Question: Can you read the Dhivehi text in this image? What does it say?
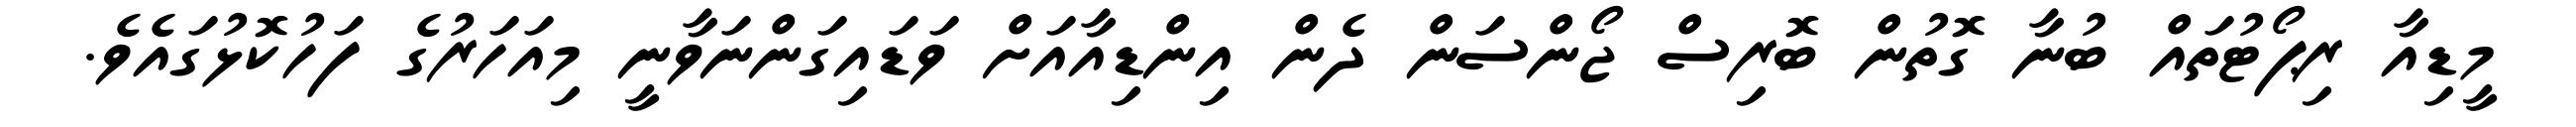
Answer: މީޑިއާ ރިޕޯޓުތައް ބުނާ ގޮތުން ބޮރިސް ޖޯންސަން ދެން އިންޑިއާއަށް ވަޑައިގަންނަވާނީ މިއަހަރުގެ ފަހުކޮޅުގައެވެ.